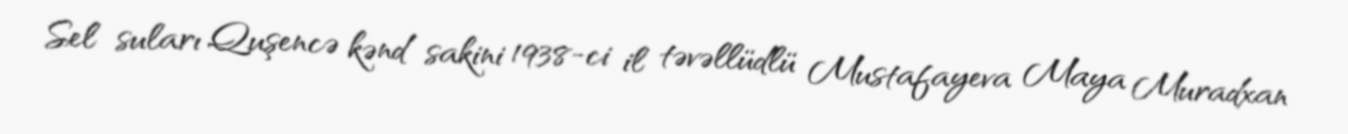
Sel suları Quşencə kənd sakini 1938-ci il təvəllüdlü Mustafayeva Maya Muradxan